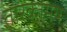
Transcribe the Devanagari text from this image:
तारकामय